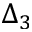
\Delta _ { 3 }